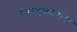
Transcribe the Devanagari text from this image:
गुंतवणुकदारांना